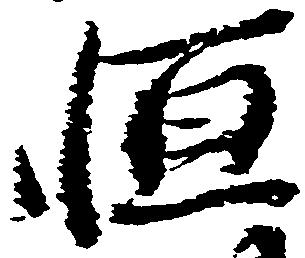
恒